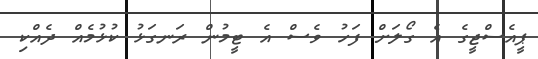
ޕީއެސްޖީގެ އެ ގޯލަށް ފަހު ވެސް އެ ޓީމުން ރަނގަޅު ކުޅުމެއް ދެއްކި